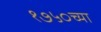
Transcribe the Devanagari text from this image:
१७५०च्या